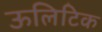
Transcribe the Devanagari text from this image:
ऊलिटिक